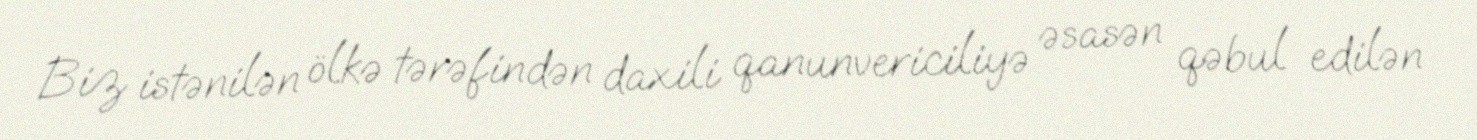
Biz istənilən ölkə tərəfindən daxili qanunvericiliyə əsasən qəbul edilən